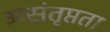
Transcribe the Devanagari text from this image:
असंतृप्तता